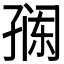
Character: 𭓎